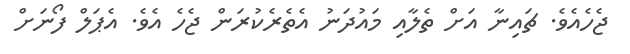
ޖެހެއެވެ. ޗައިނާ އަށް ތެލާއި މައުދަނު އެތެރެކުރަން ޖެހެ އެވެ. އެޕަލް ފޯނަށް